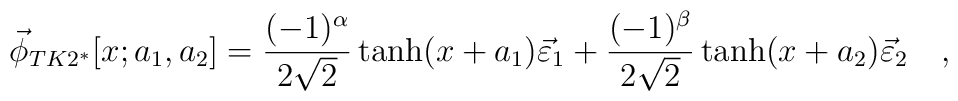
\vec{\phi}_{TK2^{*}}[x;a_1,a_2]=\frac{(-1)^\alpha }{2\sqrt{2}}\tanh(x+a_1)\vec{\varepsilon}_1+ \frac{(-1)^\beta}{2\sqrt{2}}\tanh(x+a_2)\vec{\varepsilon}_2 \quad ,